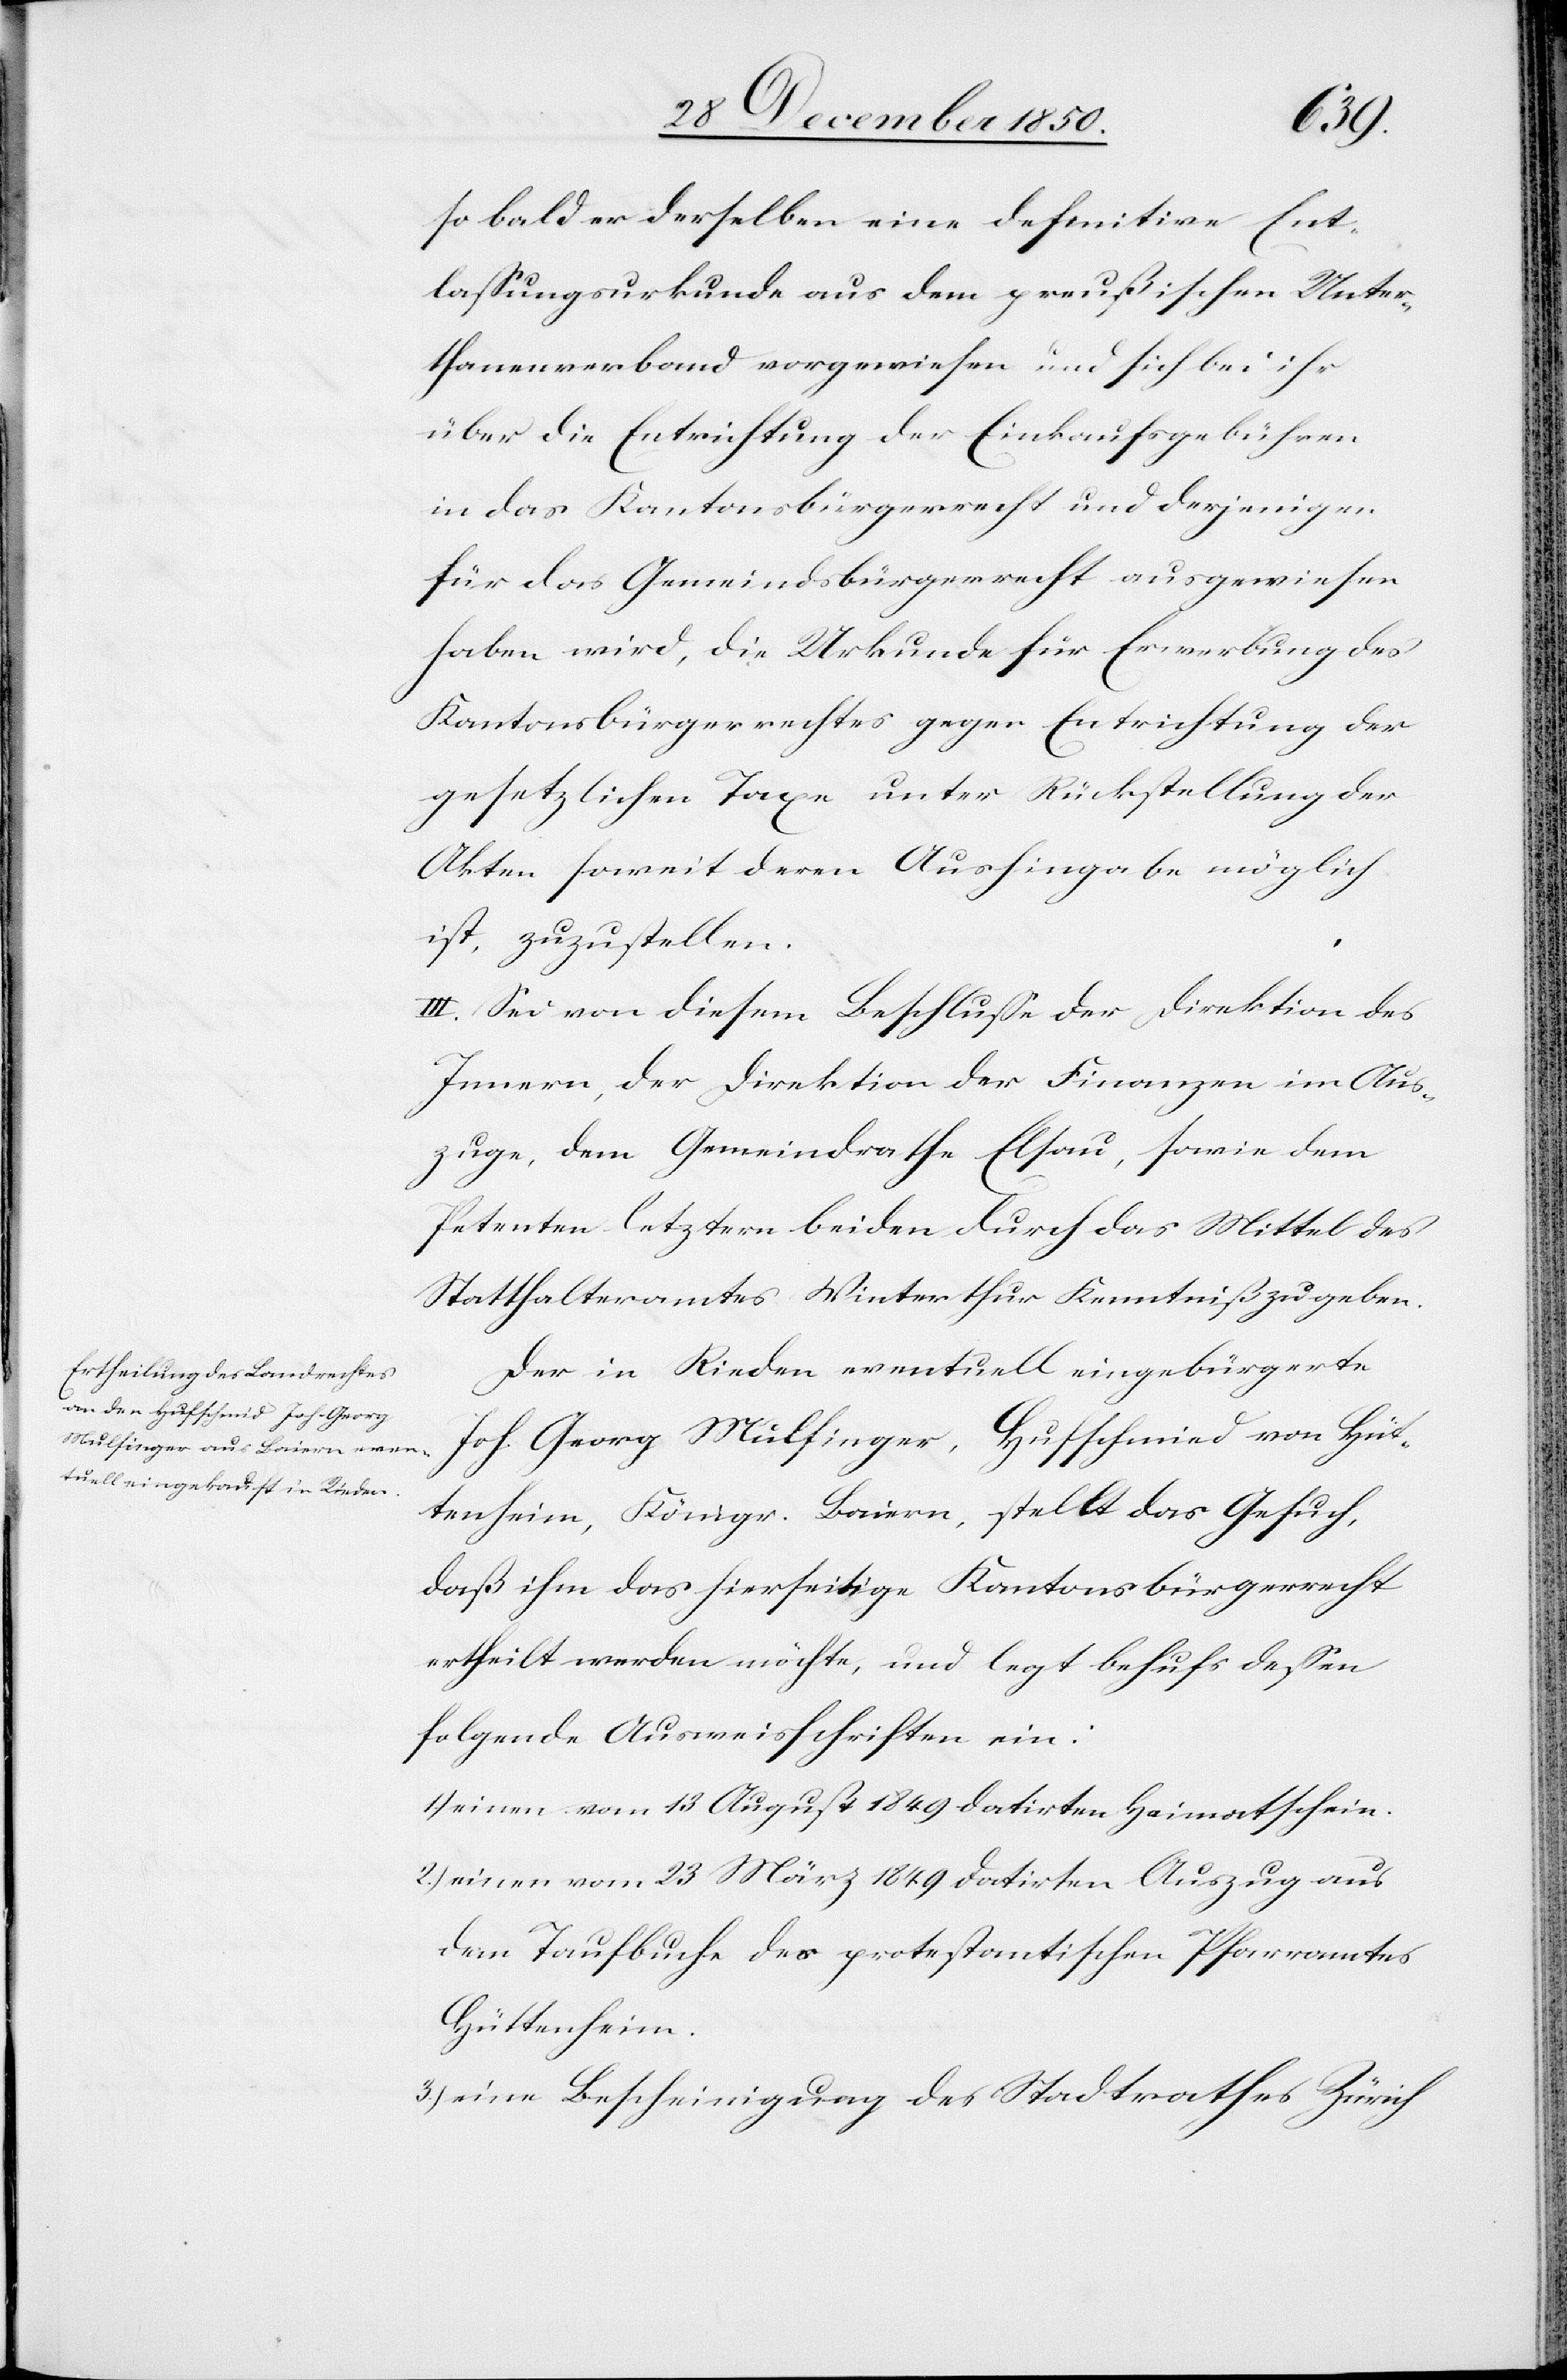
so bald er derselben eine definitive Ent¬
lassungsurkunde aus dem preußischen Unter¬
thanenverband vorgewiesen und sich bei ihr
über die Entrichtung der Einkaufsgebühren
in das Kantonsbürgerrecht und derjenigen
für das Gemeindsbürgerrecht ausgewiesen
haben wird, die Urkunde für Erwerbung des
Kantonsbürgerrechtes gegen Entrichtung der
gesetzlichen Taxe unter Rückstellung der
Akten soweit deren Aushingabe möglich
ist, zuzustellen.
III. Sei von diesem Beschlusse der Direktion des
Innern, der Direktion der Finanzen im Aus¬
zuge, dem Gemeindrathe Elsau, sowie dem
Petenten letztern beiden durch das Mittel des
Statthalteramtes Winterthur Kenntniß zu geben.
Der in Rieden eventuell eingebürgerte
Joh. Georg Mulfinger, Hufschmied von Hüt¬
tenheim, Königr. Baiern, stellt das Gesuch,
daß ihm das hierseitige Kantonsbürgerrecht
ertheilt werden möchte, und legt behufs dessen
folgende Ausweisschriften ein:
einen vom 13 August 1849 datirten Heimatschein.
2.) einen vom 23 März 1849 datirten Auszug aus
dem Taufbuche des protestantischen Pfarramtes
Hüttenheim.
3.) eine Bescheinigung des Stadtrathes Zürich